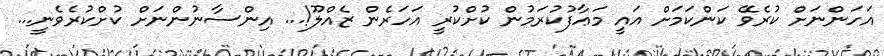
އަހަންނަށް ކުރެވޭ ކަންކަމަށް އައީ މަޢާފުކުރަމުން ކުށްކުރީ އަހަރެން ޒެއްލޫ!... އިންސާނުންނަށް ކުށްކުރެވެނީ...